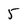
Character: 5